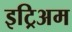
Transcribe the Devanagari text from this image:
इट्रिअम